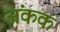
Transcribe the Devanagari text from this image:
अंकक